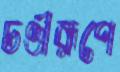
চণ্ডীরূপে